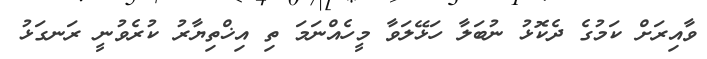
ވާއިރަށް ކަމުގެ ދެކޮޅު ނުބަލާ ހަޅޭލަވާ މީހެއްނަމަ ތި އިޚްތިޔާރު ކުރެވުނީ ރަނގަޅު